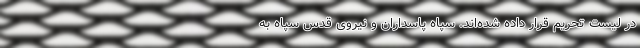
در لیست تحریم قرار داده شده‌اند. سپاه پاسداران و نیروی قدس سپاه به